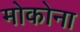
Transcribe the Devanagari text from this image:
मोकोना